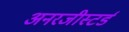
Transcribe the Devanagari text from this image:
अनरजीस्टर्ड